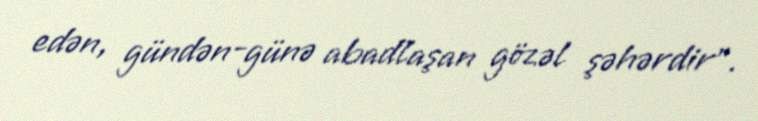
edən, gündən-günə abadlaşan gözəl şəhərdir".